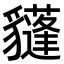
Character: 𧴟